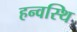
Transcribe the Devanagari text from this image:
हन्वस्थि